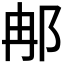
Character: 𨚗